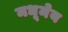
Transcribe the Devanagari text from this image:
मधूमेय